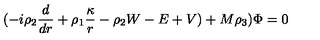
( - i \rho _ { 2 } { \frac { d } { d r } } + \rho _ { 1 } { \frac { \kappa } { r } } - \rho _ { 2 } W - E + V ) + M \rho _ { 3 } ) \Phi = 0